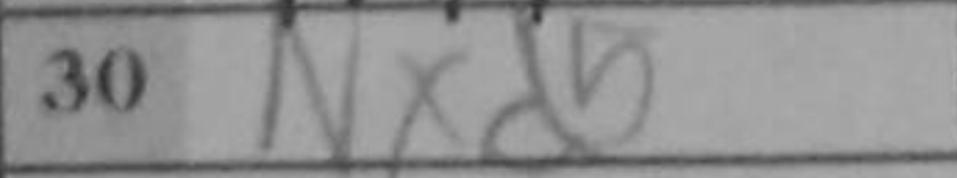
Transcription: Nxd5